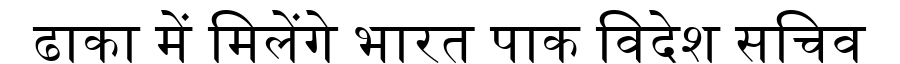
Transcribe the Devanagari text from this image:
ढाका में मिलेंगे भारत पाक विदेश सचिव